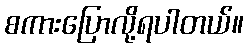
စကားပြောလို့ရပါတယ်။